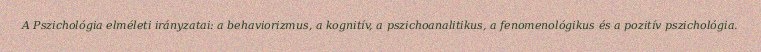
A Pszichológia elméleti irányzatai: a behaviorizmus, a kognitív, a pszichoanalitikus, a fenomenológikus és a pozitív pszichológia.